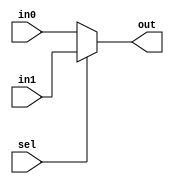
/////////////////////////
//2X1 Mux
/////////////////////////
module mux2to1( in0, in1, sel, out);
	input in0,in1;
	input sel;
	output out;
	
	assign out=(sel)?in1:in0;
endmodule